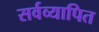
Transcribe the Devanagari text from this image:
सर्वव्यापित